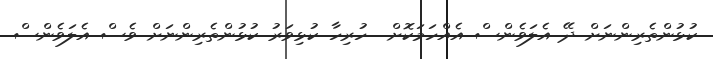
ކުޅުންތެރިންނަށް ދޭ އެލަވެންސް އެއްހަމަކޮށް  ހުރިހާ ކުޅިވަރު ކުޅުންތެރިންނަށް ވެސް އެލަވެންސް